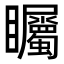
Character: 矚